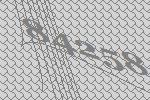
84258